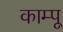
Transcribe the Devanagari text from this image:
काम्पू